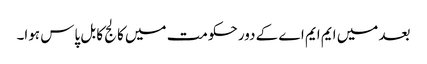
بعد میں ایم ایم اے کے دور حکومت میں کالج کا بل پاس ہوا۔